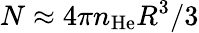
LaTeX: N\approx 4\pi n_{\mathrm{He}}R^{3}/3